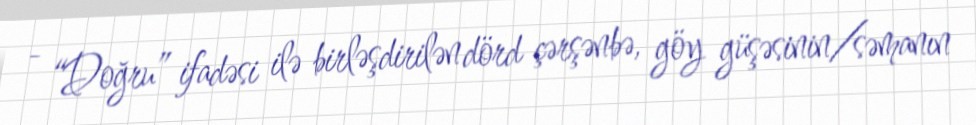
- “Doğru” ifadəsi ilə birləşdirilən dörd çərşənbə, göy güşəsinin/səmanın